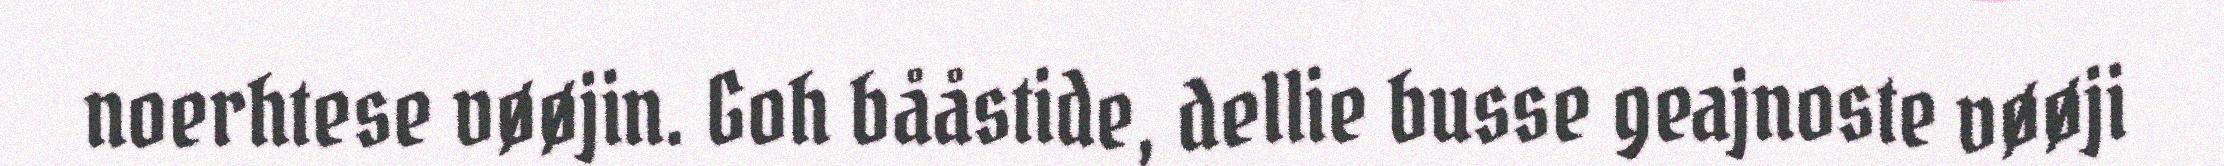
noerhtese vøøjin. Goh bååstide, dellie busse geajnoste vøøji